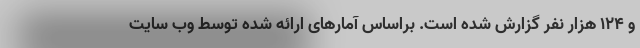
و ۱۲۴ هزار نفر گزارش شده است. براساس آمارهای ارائه شده توسط وب سایت